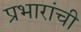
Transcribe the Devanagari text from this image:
प्रभारांची